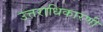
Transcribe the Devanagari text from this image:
उत्तराधिकारणी